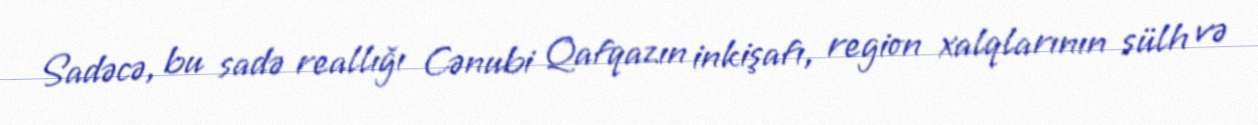
Sadəcə, bu sadə reallığı Cənubi Qafqazın inkişafı, region xalqlarının sülh və